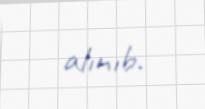
alınıb.